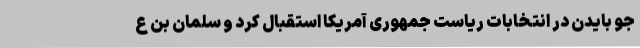
جو بایدن در انتخابات ریاست جمهوری آمریکا استقبال کرد و سلمان بن ع